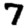
Digit: 7